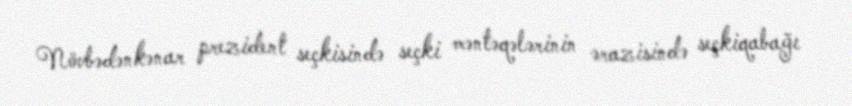
Növbədənkənar prezident seçkisində seçki məntəqələrinin ərazisində seçkiqabağı